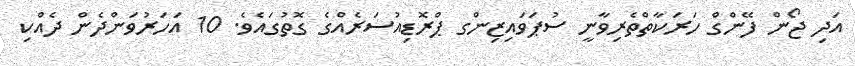
އަދި ޖޯން ފޭންގް ހަރަކާތްތެރިވާނީ ސުޕަވައިޒިންގ ޕްރޮޑިއުސަރެއްގެ ގޮތުގައެވެ. 10 އަހަރުވަންދެން ދެއްކި